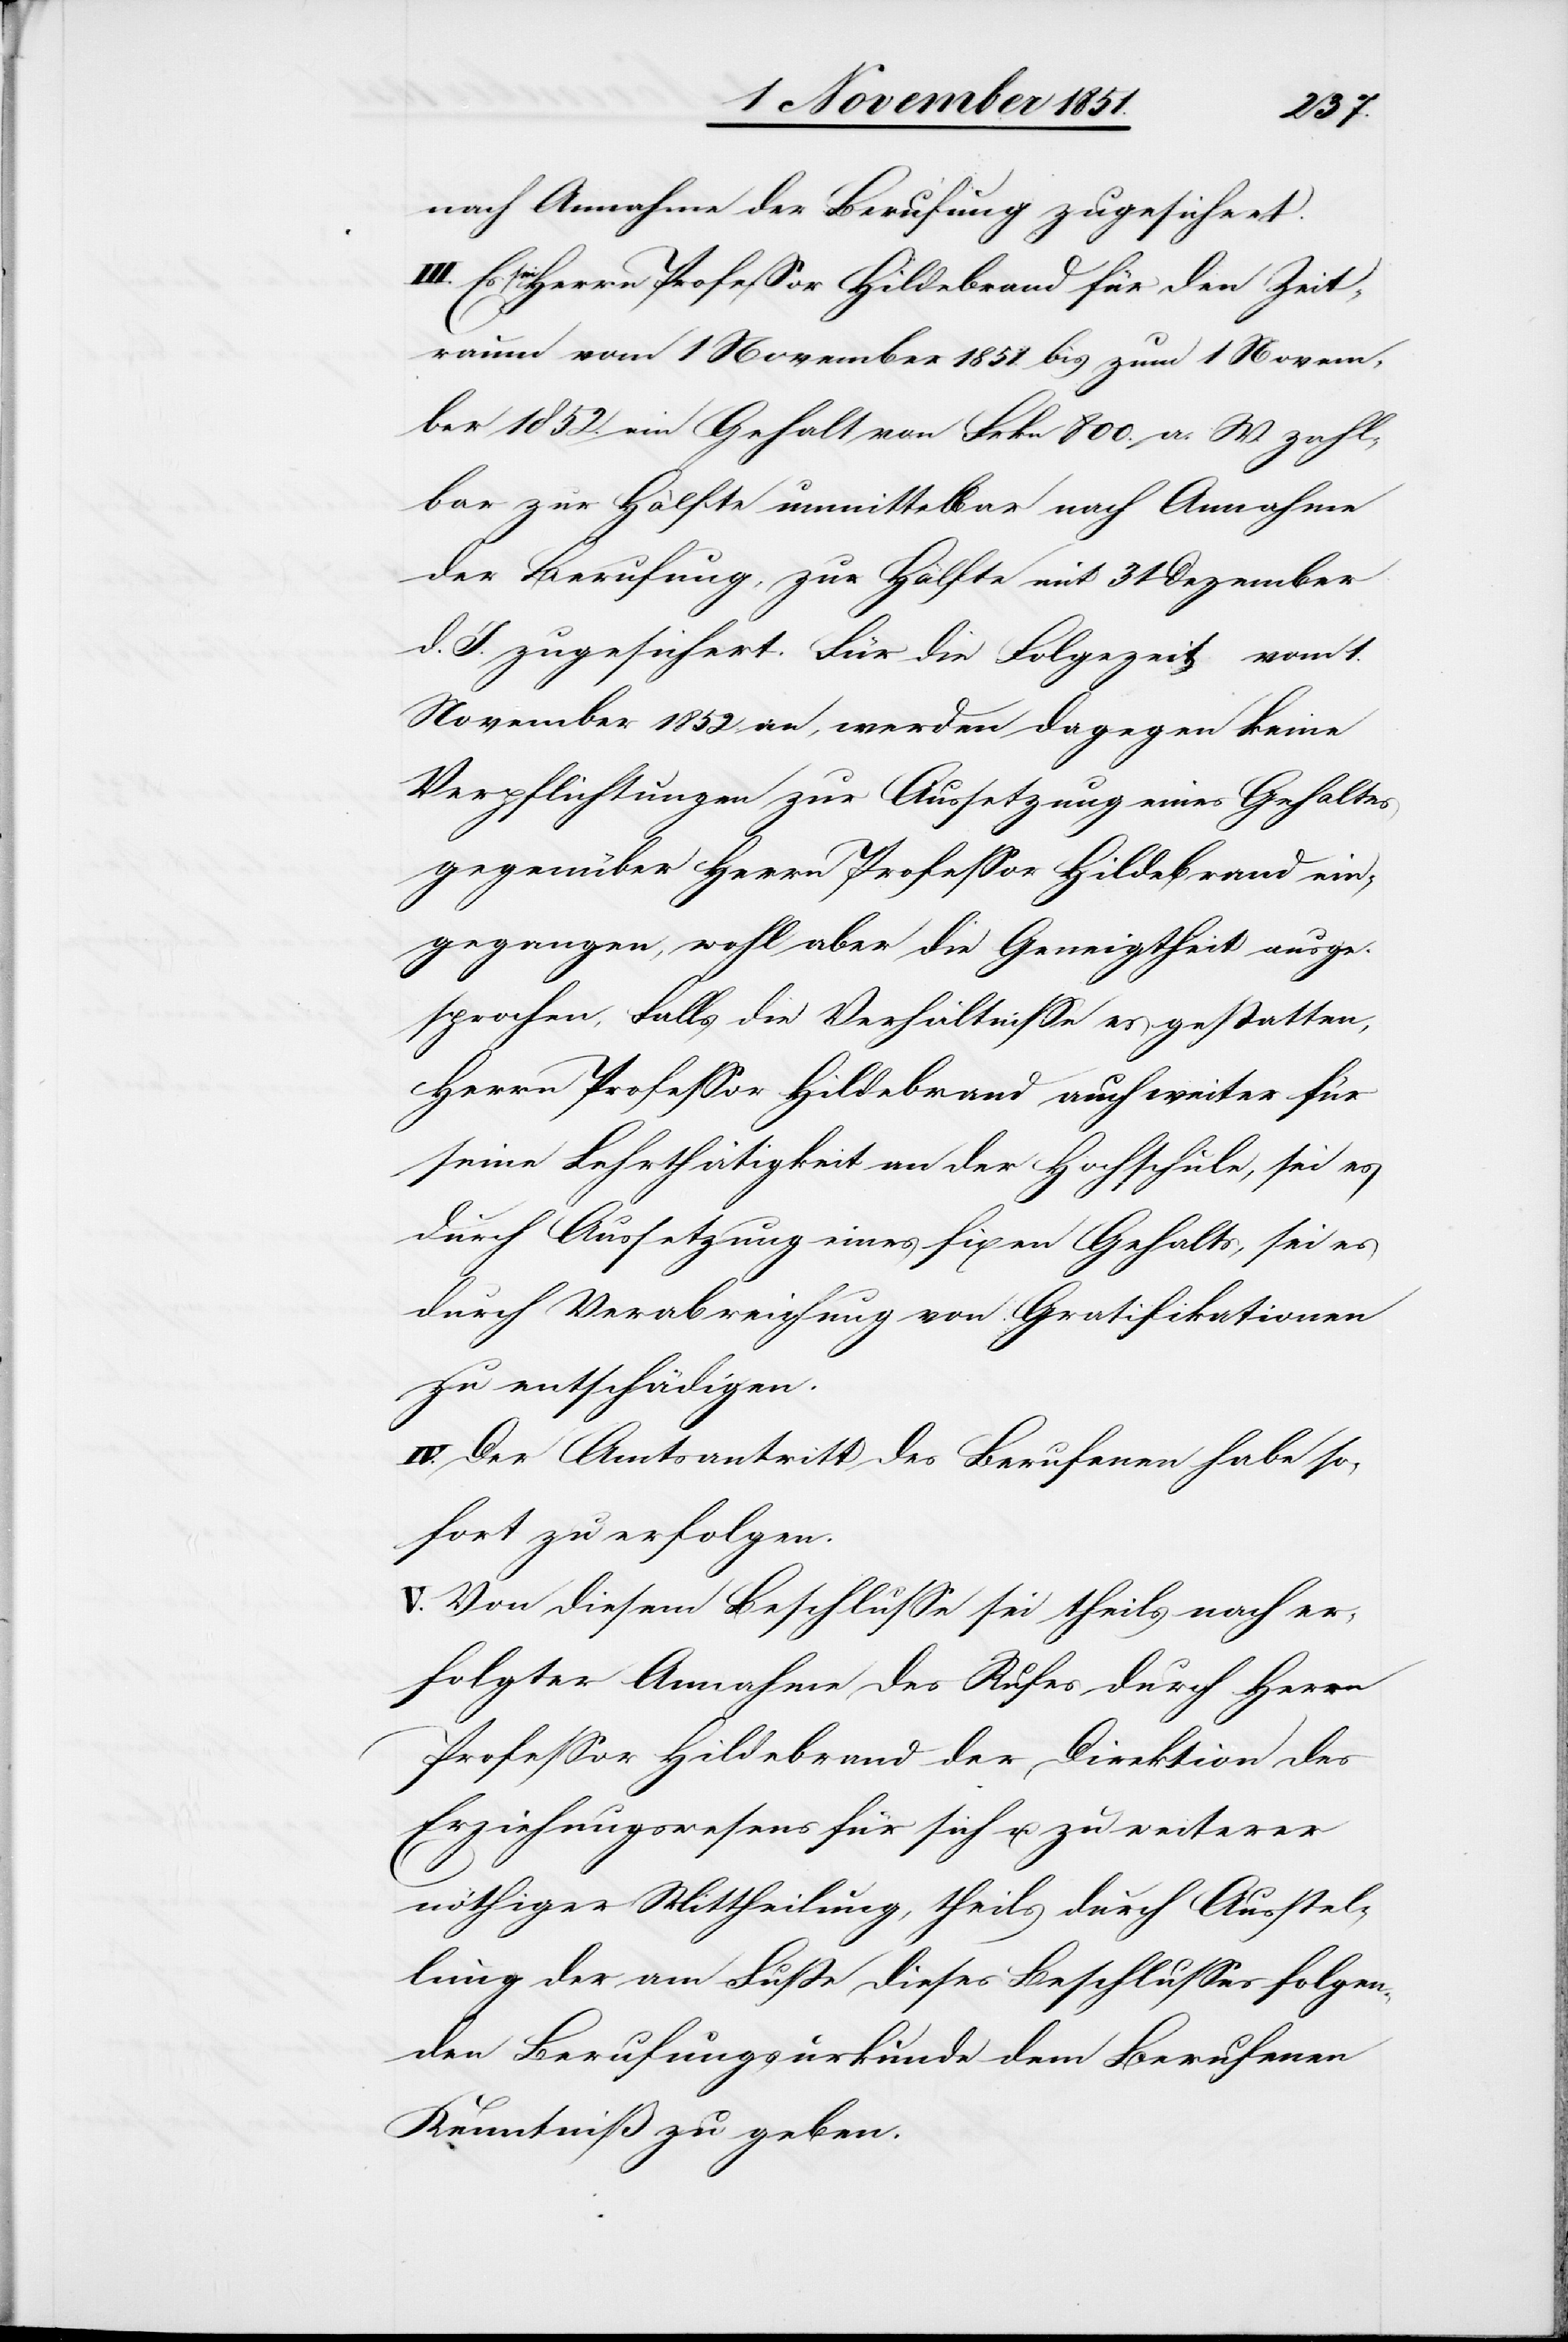
nach Annahme der Berufung zugesichert.
Es sei Herrn Professor Hildebrand für den Zeit¬
raum vom 1 November 1851. bis zum 1 Novem¬
ber 1852. ein Gehalt von Frkn 800. a. W. zahl¬
bar zur Hälfte unmittelbar nach Annahme
der Berufung, zur Hälfte mit 31 Dezember
d. J. zugesichert. Für die Folgezeit vom 1.
November 1852 an, werden dagegen keine
Verpflichtungen zur Aussetzung eines Gehaltes
gegenüber Herrn Professor Hildebrand ein¬
gegangen, wohl aber die Geneigtheit ausge¬
sprochen, Falls die Verhältnisse es gestatten,
Herrn Professor Hildebrand auch weiter für
seine Lehrthätigkeit an der Hochschule, sei es
durch Aussetzung eines fixen Gehalts, sei es
durch Verabreichung von Gratifikationen
zu entschädigen.
IV. Der Amtsantritt des Berufenen habe so¬
fort zu erfolgen.
Von diesem Beschlusse sei theils nach er¬
folgter Annahme des Rufes durch Herrn
Professor Hildebrand der Direktion des
Erziehungswesens für sich u. zu weiterer
nöthiger Mittheilung, theils durch Ausstel¬
lung der am Fuße dieses Beschlusses folgen¬
den Berufungsurkunde dem Berufenen
Kenntniß zu geben.